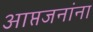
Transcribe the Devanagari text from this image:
आप्तजनांना